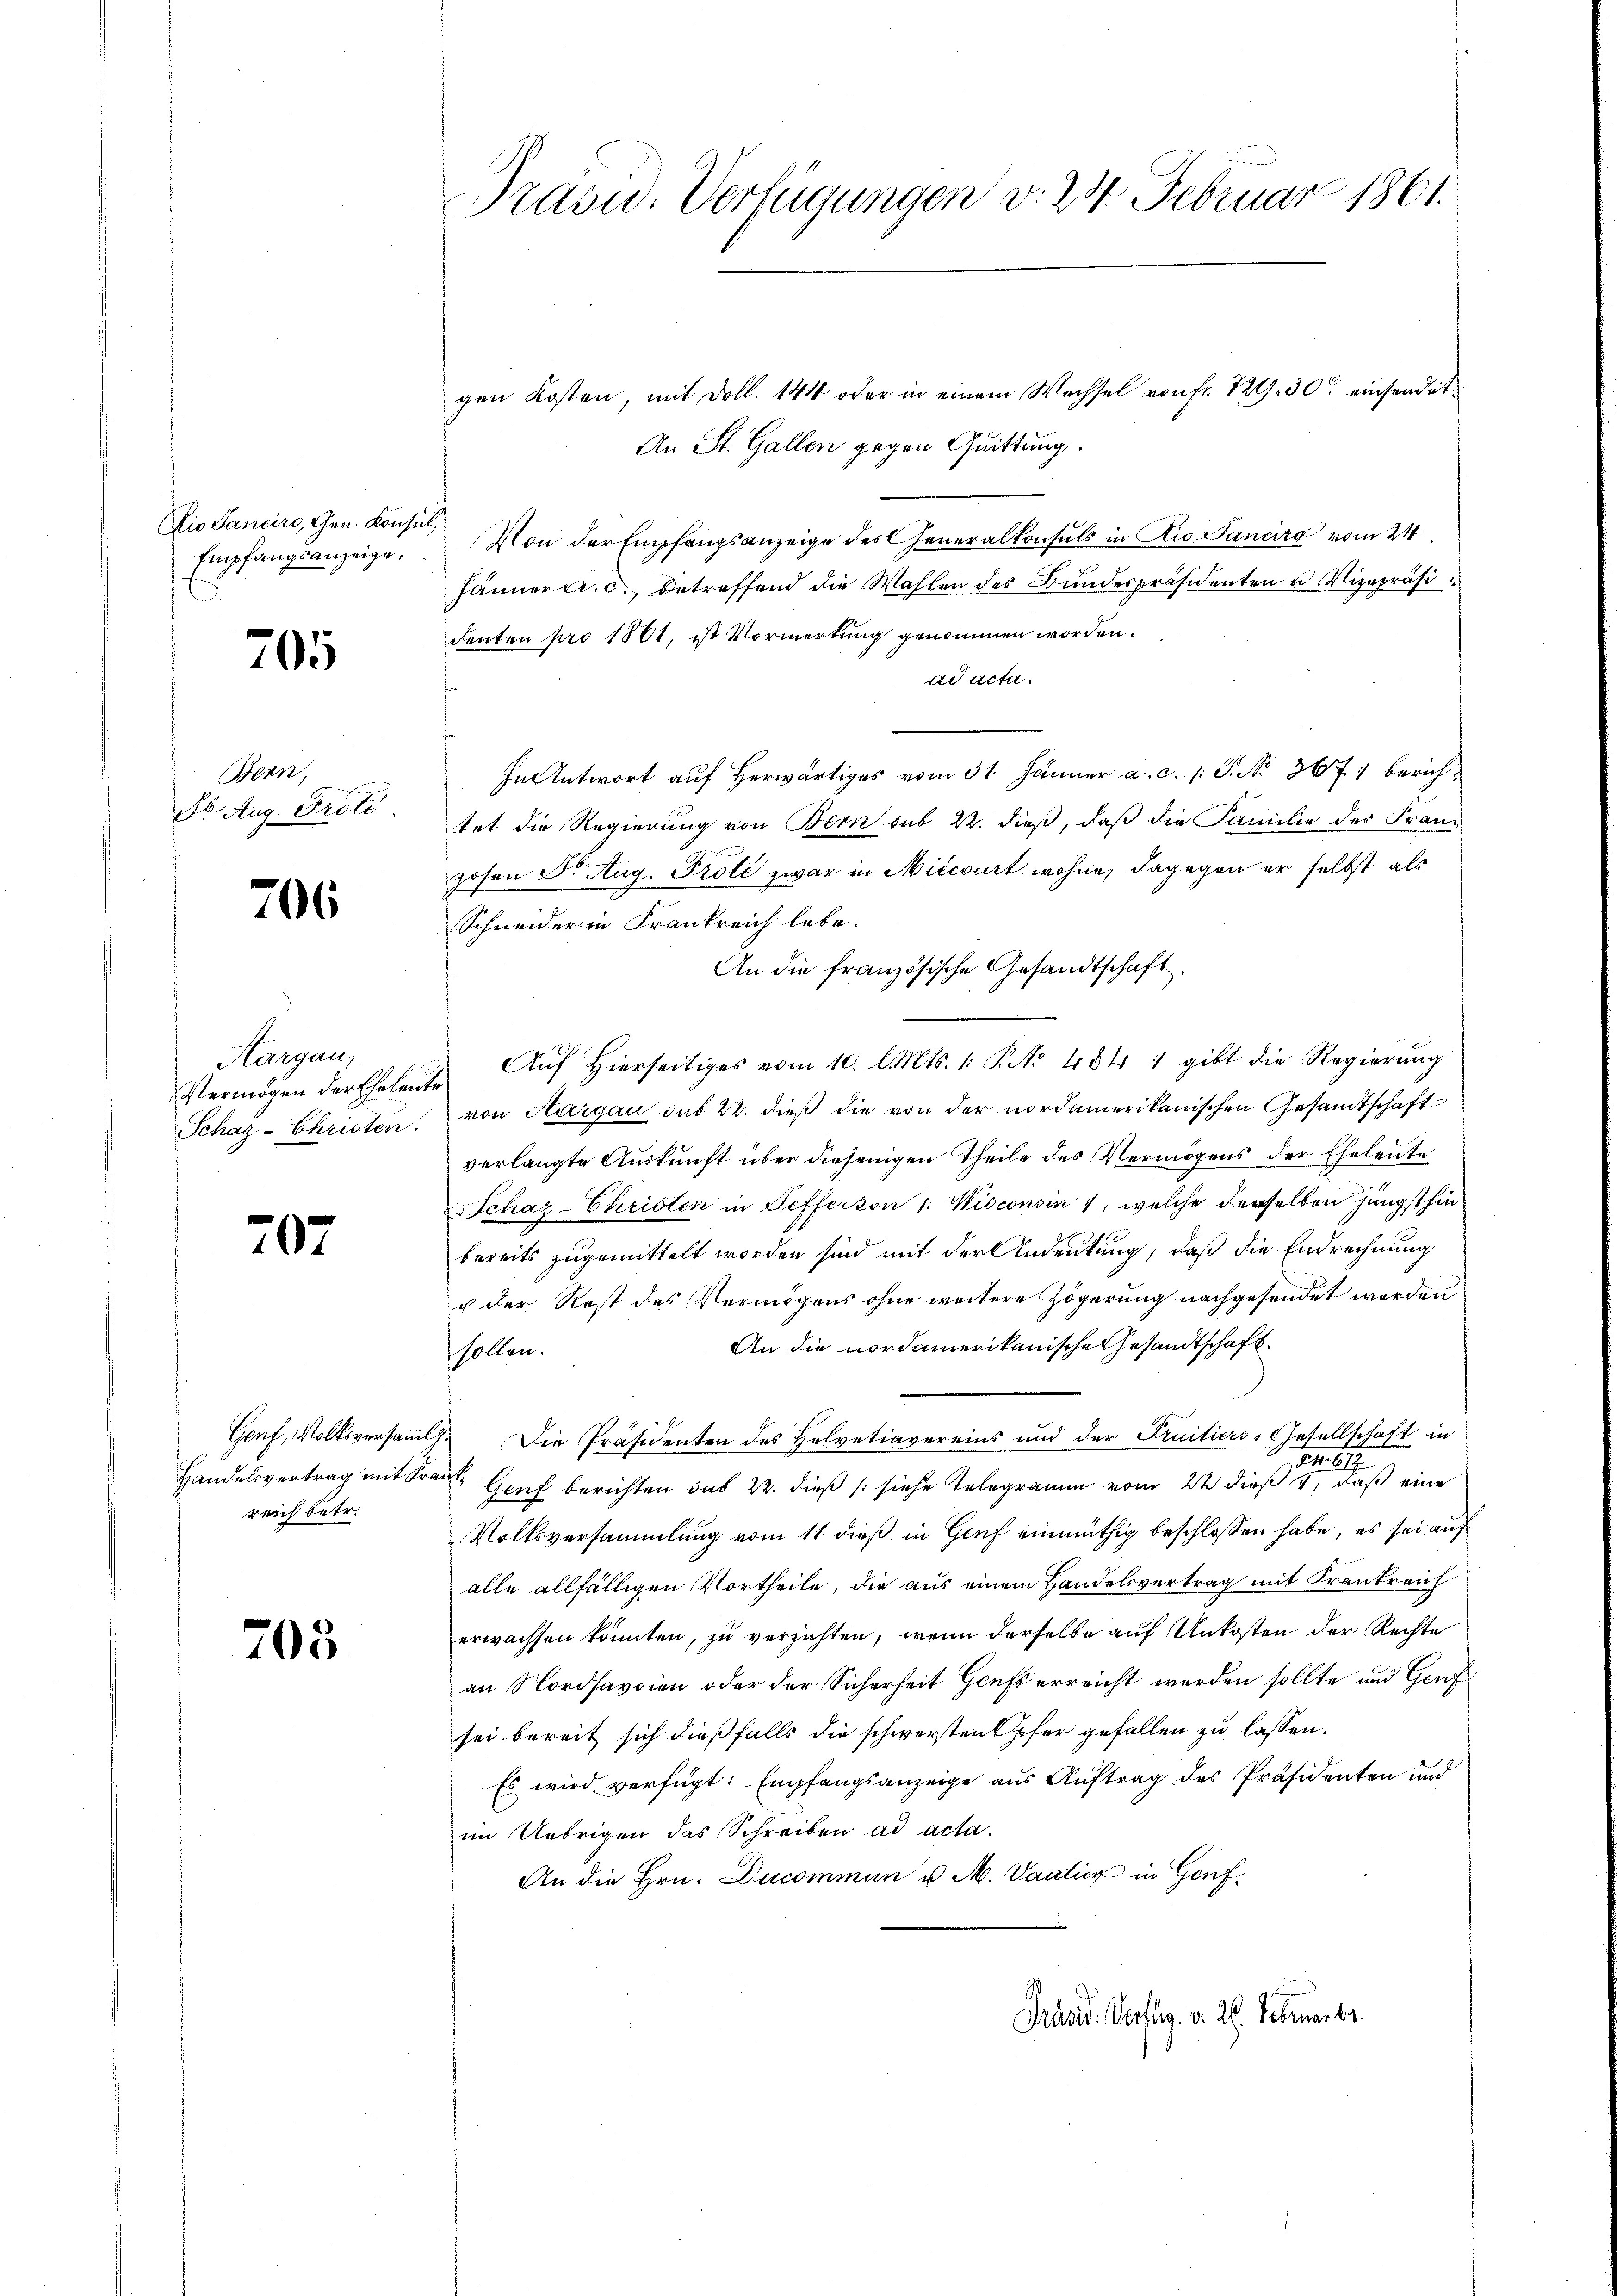
io Sancirs, Gen. Konsul,
Empfangsanzeige,

705

Bern,
Dr. Aug. Prote

706

Aargau,
Vermögen der Eheleut
Schaz- Christen.

707

Genf, Volksversamml
Handelsvertrag mit Krank
reich betr.

705

Präsid.: Verfügungen v. 24. Februar 1861.

gen Kosten, mit Doll. 144 oder in einem Wechsel von Fr. 129, 30 einsendet
An St. Gallen gegen Quittung.
Von der Empfangsanzeige des Generalkonsuls in Rio Sanciro vom 24.
Jänner cr. c., betreffend die Wahlen des Bundespräsidenten u Vizepräsi
denten pro 1861, ist Vormerkung genommen worden.
ad acta.
In Antwort auf Herwärtiges vom 31. Jänner a. c. /: P. No 3671 berichtet die Regierung von Bern sub 22. dieß, daß die Familie des Franzosen Dr. Aug. Prote zwar in Niccourt wohne, dagegen er selbst als
Schneider in Frankreich lebe.
An die französische Gesandtschaft
 Aŭf Hierseitiges vom 10. l. Mts. 1. P. No 484 1 gibt die Regierŭng
von Aargau das 22. dieß die von der nordamerikanischen Gesamtschaft
verlangte Auskunft über diejenigen Theile des Vermögens der Eheleute
Schaz-Christen in Sefferson 1: Wisconsin , welche derselben jüngsthin
bereits zugemittelt worden sind mit der Andeutung, daß die Endrechnung
ch der Rost des Vermögens ohne weitere Zögerung nachgesendet werden
An die nordamerikanische Gesandtschaft
sollen.
7. Die Präsidenten des Helvetiavereins und der Truitiers-Gesellschaft in

Genf berichten das 22. dieß (siehe Telegramm vom 22 dieß, daß eine
Volksversammlung vom 11. dieß in Genf einmüthig beschlossen habe, es sei auf
alle allfälligen Vortheile, die aus einem Handelsvertrag mit Frankreich
erwachsen könnten, zu verzichten, wenn derselbe auf Unkosten der Rechte
an Nordsavoien oder der Sicherheit Heufs erreicht worden sollte und Genf
sei bereit sich dießfalls die schwersten Opfer gefallen zu lassen.
Es wird verfügt: Empfangsanzeige aus Auftrag des Präsidenten und
im Uebrigen das Schreiben ad acta.
An die Hrn. Ducommun u. M. Vantier in Genf¬
Präsid. Verfüg. v. 26. Februarbr.